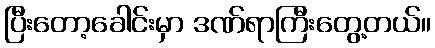
ပြီးတော့ခေါင်းမှာ ဒဏ်ရာကြီးတွေ့တယ်။